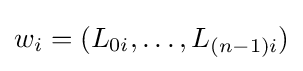
w_{i}=(L_{0i},\ldots ,L_{(n-1)i})